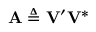
\mathbf { A } \triangleq \mathbf { V } ^ { \prime } \mathbf { V } ^ { * }